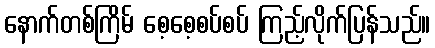
နောက်တစ်ကြိမ် စေ့စေ့စပ်စပ် ကြည့်လိုက်ပြန်သည်။